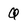
Character: Q